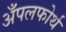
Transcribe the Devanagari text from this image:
अँपलफोर्थ